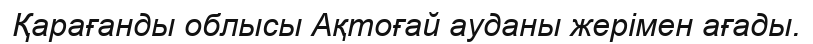
Қарағанды облысы Ақтоғай ауданы жерімен ағады.